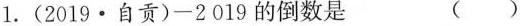
1.(2019·自贡)-2019的倒数是 ()